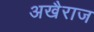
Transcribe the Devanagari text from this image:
अखैराज